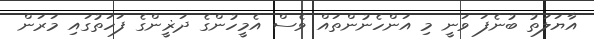
އާޔަލަތު ބުނެފަ ވަނީ މި އަންހެނުންތައް ވެސް އެމީހުންގެ ދަޜީންގެ ފަހަތުގައި މަރަން